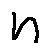
n